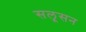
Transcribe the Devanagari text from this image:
सलूसन